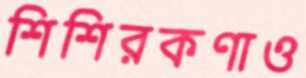
শিশিরকণাও